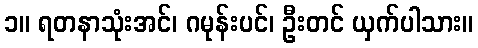
၁။ ရတနာသုံးအင်၊ ဂမုန်းပင်၊ ဦးတင် ယှက်ပါသား။